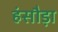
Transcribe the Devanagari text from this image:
हंसौड़ा